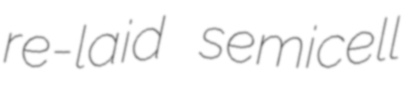
re-laid semicell